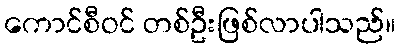
ကောင်စီဝင် တစ်ဦးဖြစ်လာပါသည်။